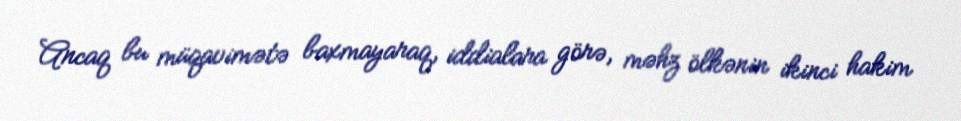
Ancaq bu müqavimətə baxmayaraq, iddialara görə, məhz ölkənin ikinci hakim